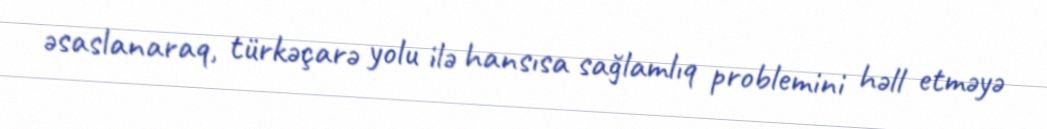
əsaslanaraq, türkəçarə yolu ilə hansısa sağlamlıq problemini həll etməyə